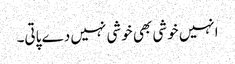
انہیں خوشی بھی خوشی نہیں دے پاتی۔